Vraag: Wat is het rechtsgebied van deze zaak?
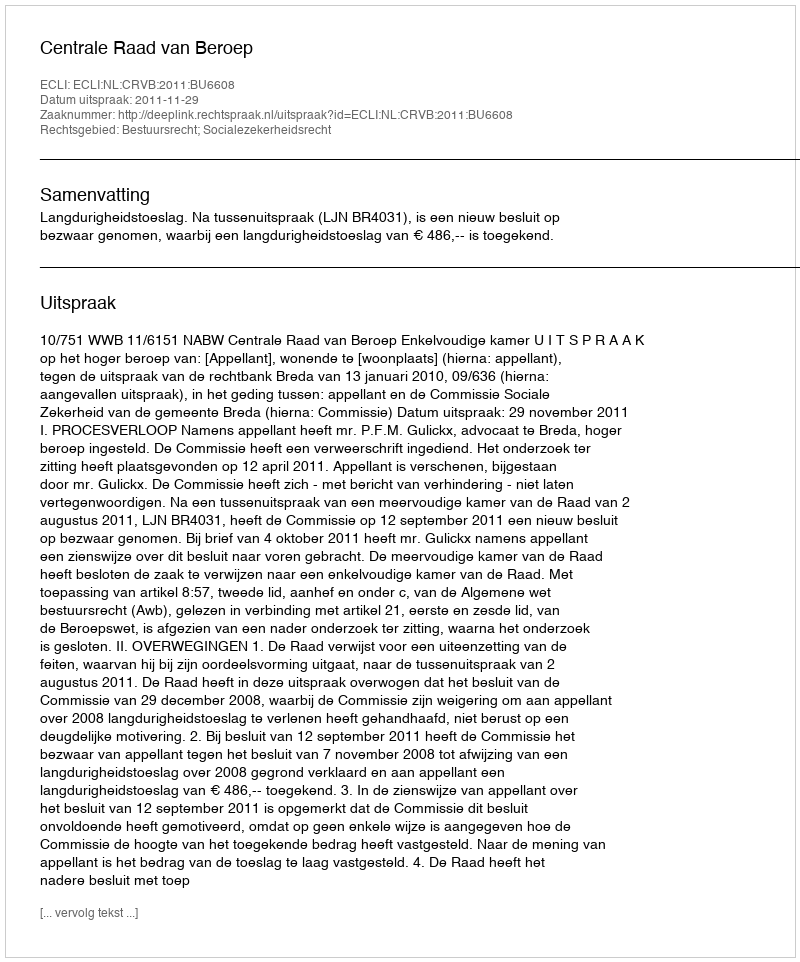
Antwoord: Bestuursrecht; Socialezekerheidsrecht